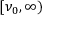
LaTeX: [ \nu _ { 0 } , \infty )